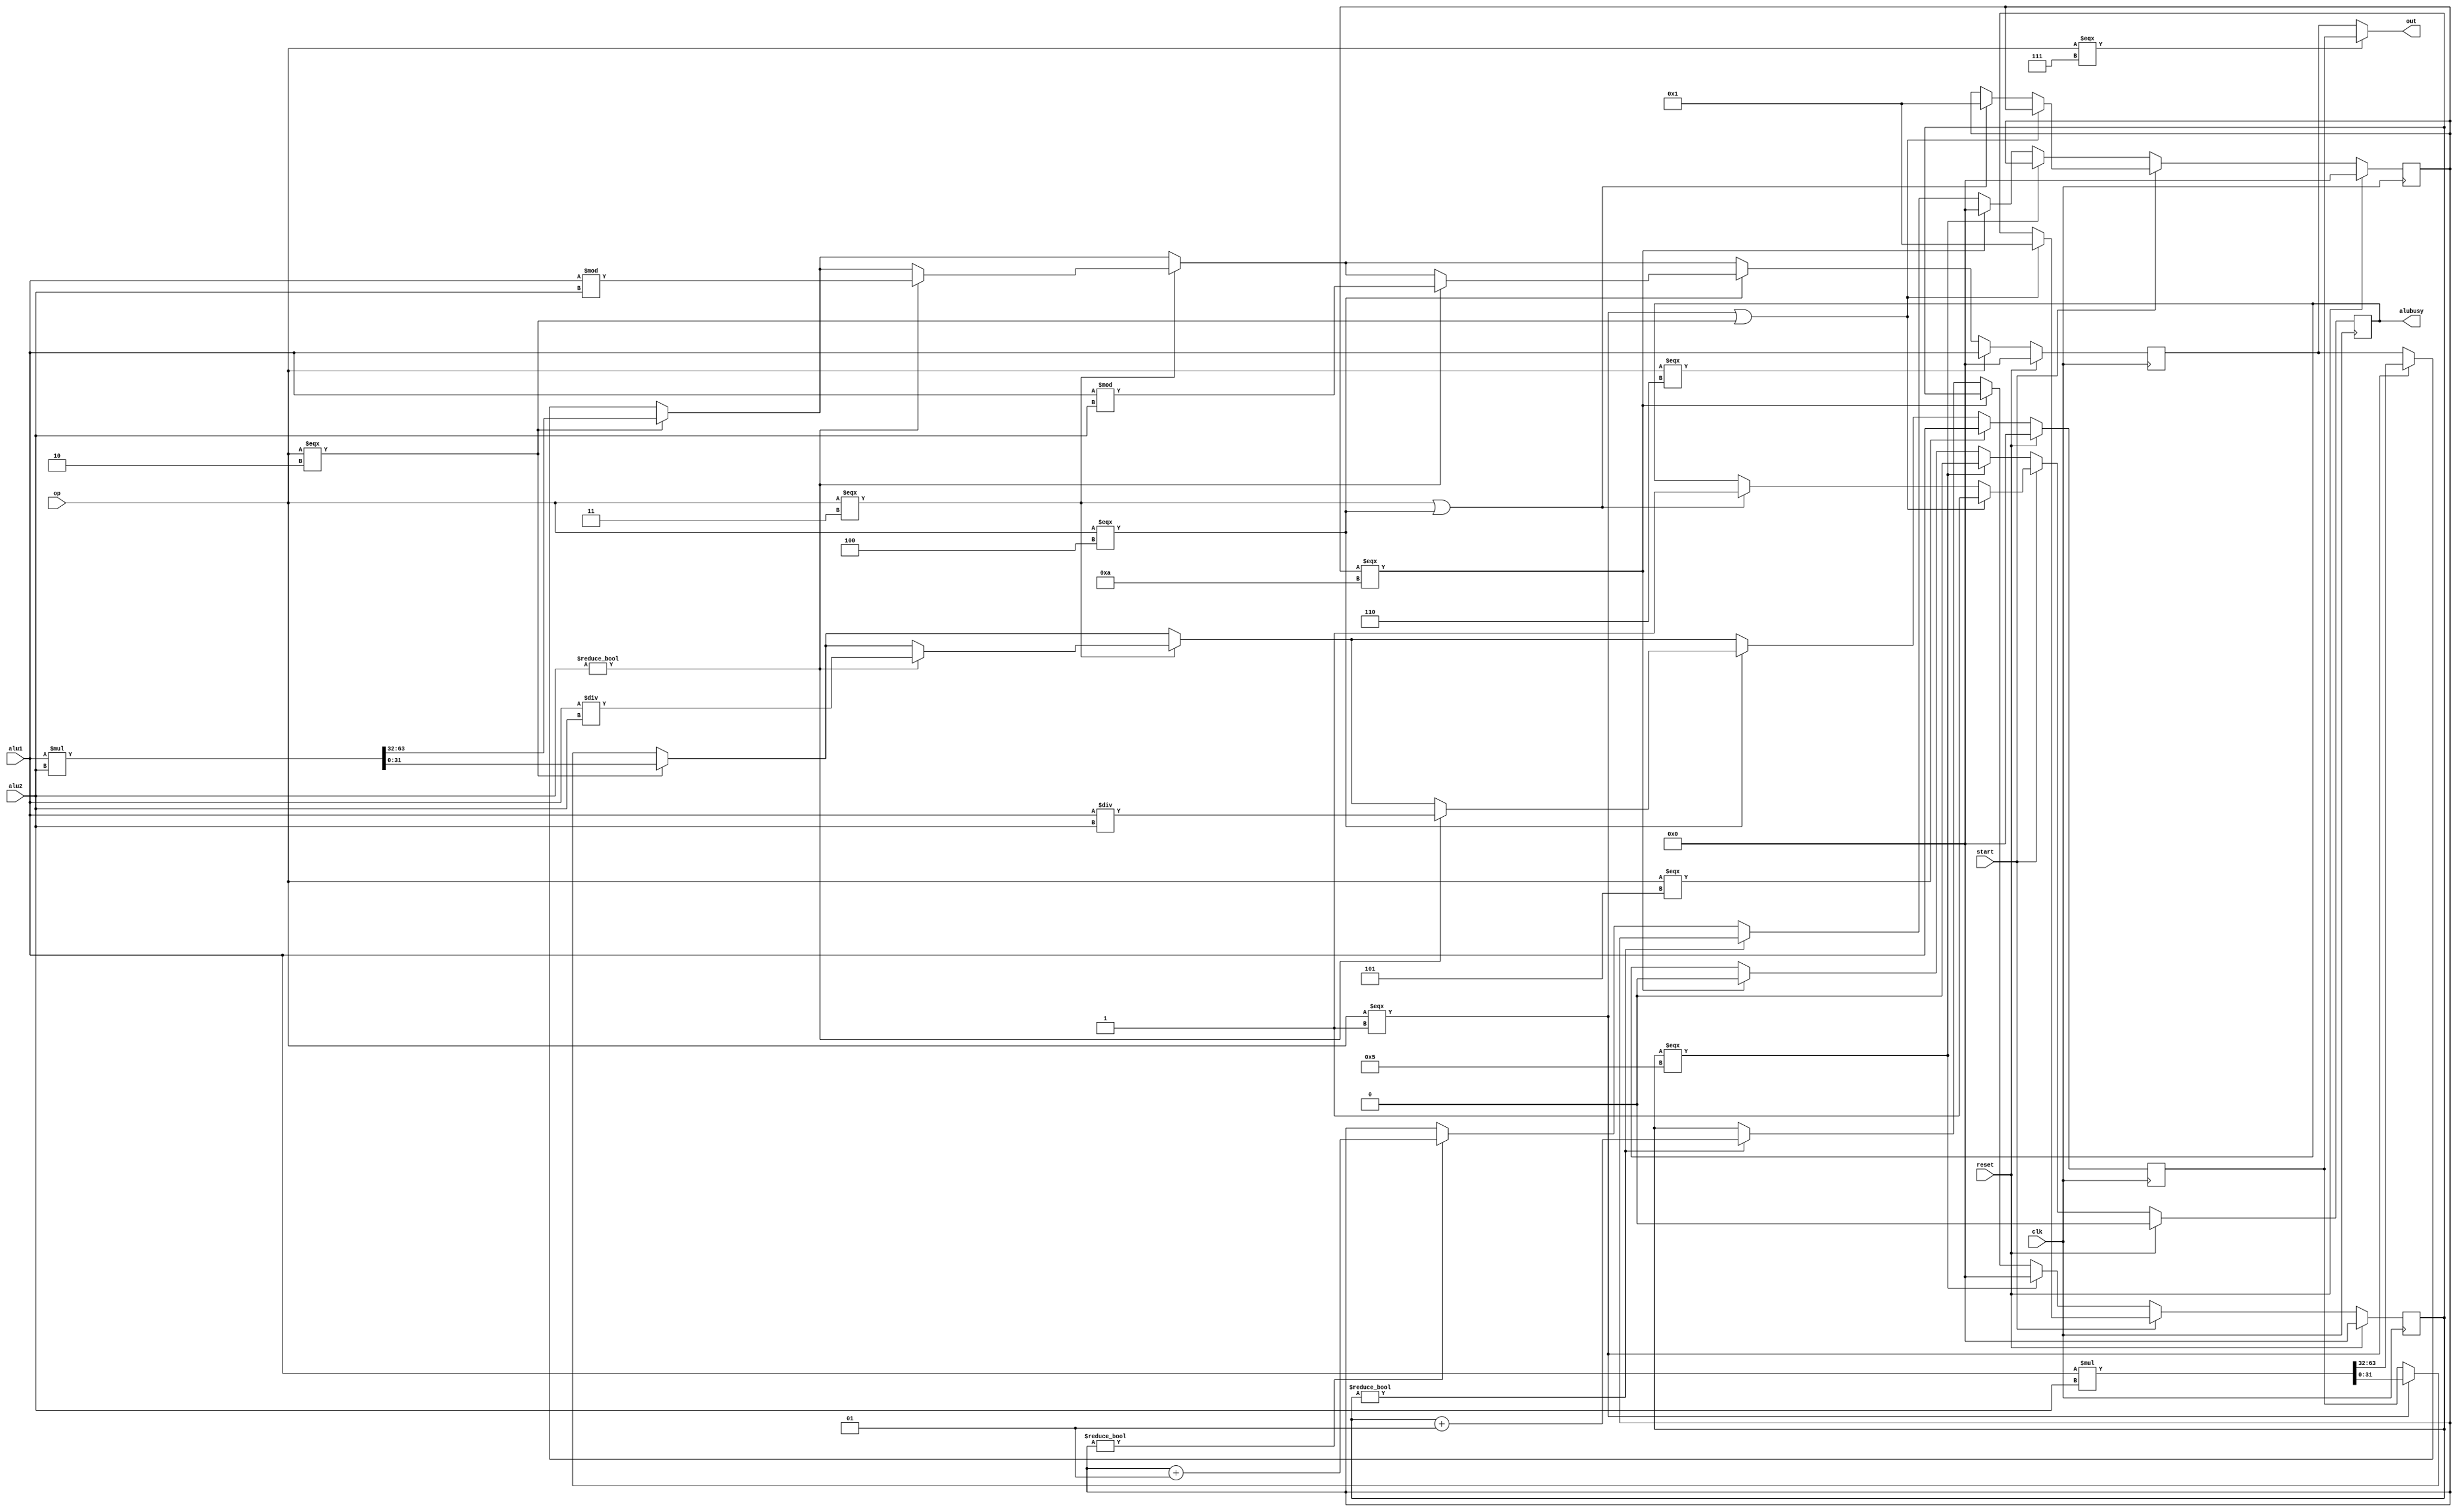
`timescale 1ns / 1ps
//////////////////////////////////////////////////////////////////////////////////
// Company: 
// Engineer: 
// 
// Design Name: 
// Module Name:    alupro 
// Project Name: 
// Target Devices: 
// Tool versions: 
// Description: 
//
// Dependencies: 
//
// Revision: 
// Revision 0.01 - File Created
// Additional Comments: 
//
//////////////////////////////////////////////////////////////////////////////////
module alupro(
	input clk,
	input reset,
	input start,
	//input RDsel,
	input [31:0] alu1,
	input [31:0] alu2,
	input [3:0] op,
	output [31:0] out,
	output reg alubusy = 0
    );
	 
	reg [31:0] LO = 0;
	reg [31:0] HI = 0;
	
	initial begin
		LO <= 0;
		HI <= 0;
	end
	
	integer mult_cnt = 0;
	integer div_cnt = 0; 
	
	assign out = (op === 7) ? LO : HI;					//mflo, mfhi
	
	always @(posedge clk) 
	begin
		if (reset) 
			begin
				alubusy <= 0;
				HI <= 0;
				LO <= 0;
				mult_cnt <= 0;
				div_cnt <= 0;
			end
		else 
			begin
				if(op === 1)//mult
					{HI, LO} <= $signed(alu1) * $signed(alu2);		
				if(op === 2)//multu
					{HI, LO} <= alu1 * alu2;								
				if(op === 3)//div
					begin
						if (alu2 != 0) 
							begin								
								LO <= $signed(alu1) / $signed(alu2);
								HI <= $signed(alu1) % $signed(alu2);
							end
					end
				if(op === 4)//divu
					begin
						if (alu2 != 0) 
							begin								
								LO <= alu1 / alu2;
								HI <= alu1 % alu2;
							end
					end
				if(op === 5)//mtlo
					LO <= alu1;											
				if(op === 6)// mthi
					HI <= alu1;				

				if (start) 
					begin
						if (op === 1 || op === 2) 
							begin
								alubusy <= 1;
								mult_cnt <= 1;
							end
						else if (op === 3 || op === 4) 
							begin
								alubusy <= 1;
								div_cnt <= 1;
							end
					end
				else 
					begin
						if (mult_cnt === 5) 
							begin
								alubusy <= 0;
								mult_cnt <= 0;
							end
						else if (div_cnt === 10) 
							begin
								alubusy <= 0;
								div_cnt <= 0;
							end
						else if (mult_cnt != 0)
							mult_cnt <= mult_cnt + 1;
						else if (div_cnt != 0)
							div_cnt <= div_cnt + 1;
					end
			end
	end

endmodule